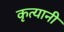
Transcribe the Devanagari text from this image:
कृत्यानी